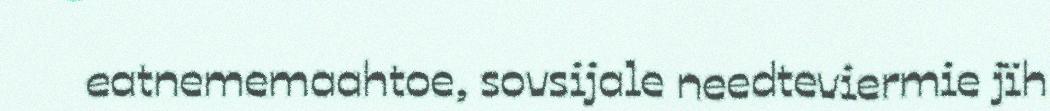
eatnememaahtoe, sovsijale needteviermie jïh